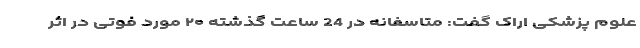
علوم پزشکی اراک گفت: متاسفانه در 24 ساعت گذشته ۲۰ مورد فوتی در اثر